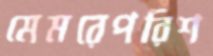
মেমরেপরিশ